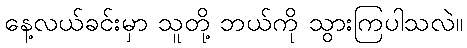
နေ့လယ်ခင်းမှာ သူတို့ ဘယ်ကို သွားကြပါသလဲ။